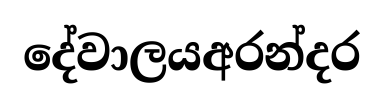
දේවාලයඅරන්දර